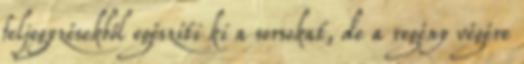
feljegyzésekből egészíti ki a sorsokat, de a regény végére